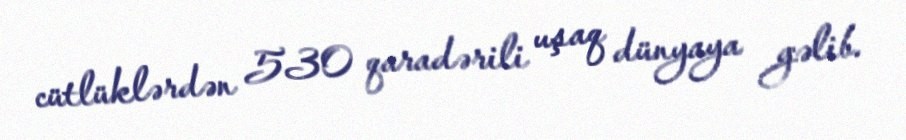
cütlüklərdən 530 qaradərili uşaq dünyaya gəlib.